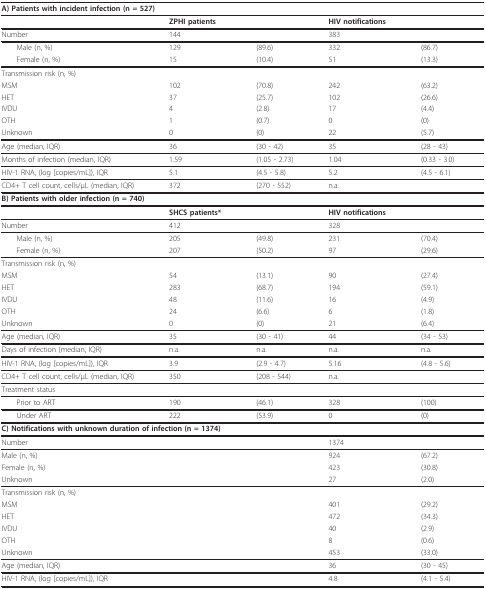
<table><thead><tr><td colspan="5"><b>A) Patients with incident infection (n = 527)</b></td></tr></thead><tbody><tr><td></td><td><b>ZPHI patients</b></td><td></td><td><b>HIV notifications</b></td><td></td></tr><tr><td>Number</td><td>144</td><td></td><td>383</td><td></td></tr><tr><td> Male (n, %)</td><td>129</td><td>(89.6)</td><td>332</td><td>(86.7)</td></tr><tr><td> Female (n, %)</td><td>15</td><td>(10.4)</td><td>51</td><td>(13.3)</td></tr><tr><td>Transmission risk (n, %)</td><td></td><td></td><td></td><td></td></tr><tr><td>MSM</td><td>102</td><td>(70.8)</td><td>242</td><td>(63.2)</td></tr><tr><td>HET</td><td>37</td><td>(25.7)</td><td>102</td><td>(26.6)</td></tr><tr><td>IVDU</td><td>4</td><td>(2.8)</td><td>17</td><td>(4.4)</td></tr><tr><td>OTH</td><td>1</td><td>(0.7)</td><td>0</td><td>(0)</td></tr><tr><td>Unknown</td><td>0</td><td>(0)</td><td>22</td><td>(5.7)</td></tr><tr><td>Age (median, IQR)</td><td>36</td><td>(30 - 42)</td><td>35</td><td>(28 - 43)</td></tr><tr><td>Months of infection (median, IQR)</td><td>1.59</td><td>(1.05 - 2.73)</td><td>1.04</td><td>(0.33 - 3.0)</td></tr><tr><td>HIV-1 RNA, (log [copies/mL]), IQR</td><td>5.1</td><td>(4.5 - 5.8)</td><td>5.2</td><td>(4.5 - 6.1)</td></tr><tr><td>CD4+ T cell count, cells/μL (median, IQR)</td><td>372</td><td>(270 - 552)</td><td>n.a.</td><td></td></tr><tr><td colspan="5"><b>B) Patients with older infection (n = 740)</b></td></tr><tr><td></td><td><b>SHCS patients*</b></td><td></td><td><b>HIV notifications</b></td><td></td></tr><tr><td>Number</td><td>412</td><td></td><td>328</td><td></td></tr><tr><td> Male (n, %)</td><td>205</td><td>(49.8)</td><td>231</td><td>(70.4)</td></tr><tr><td> Female (n, %)</td><td>207</td><td>(50.2)</td><td>97</td><td>(29.6)</td></tr><tr><td>Transmission risk (n, %)</td><td></td><td></td><td></td><td></td></tr><tr><td>MSM</td><td>54</td><td>(13.1)</td><td>90</td><td>(27.4)</td></tr><tr><td>HET</td><td>283</td><td>(68.7)</td><td>194</td><td>(59.1)</td></tr><tr><td>IVDU</td><td>48</td><td>(11.6)</td><td>16</td><td>(4.9)</td></tr><tr><td>OTH</td><td>24</td><td>(6.6)</td><td>6</td><td>(1.8)</td></tr><tr><td>Unknown</td><td>0</td><td>(0)</td><td>21</td><td>(6.4)</td></tr><tr><td>Age (median, IQR)</td><td>35</td><td>(30 - 41)</td><td>44</td><td>(34 - 53)</td></tr><tr><td>Days of infection (median, IQR)</td><td>n.a.</td><td>n.a.</td><td>n.a.</td><td>n.a.</td></tr><tr><td>HIV-1 RNA, (log [copies/mL]), IQR</td><td>3.9</td><td>(2.9 - 4.7)</td><td>5.16</td><td>(4.8 - 5.6)</td></tr><tr><td>CD4+ T cell count, cells/μL (median, IQR)</td><td>350</td><td>(208 - 544)</td><td>n.a.</td><td></td></tr><tr><td>Treatment status</td><td></td><td></td><td></td><td></td></tr><tr><td> Prior to ART</td><td>190</td><td>(46.1)</td><td>328</td><td>(100)</td></tr><tr><td> Under ART</td><td>222</td><td>(53.9)</td><td>0</td><td>(0)</td></tr><tr><td colspan="5"><b>C) Notifications with unknown duration of infection (n = 1374)</b></td></tr><tr><td>Number</td><td></td><td></td><td>1374</td><td></td></tr><tr><td>Male (n, %)</td><td></td><td></td><td>924</td><td>(67.2)</td></tr><tr><td>Female (n, %)</td><td></td><td></td><td>423</td><td>(30.8)</td></tr><tr><td>Unknown</td><td></td><td></td><td>27</td><td>(2.0)</td></tr><tr><td>Transmission risk (n, %)</td><td></td><td></td><td></td><td></td></tr><tr><td>MSM</td><td></td><td></td><td>401</td><td>(29.2)</td></tr><tr><td>HET</td><td></td><td></td><td>472</td><td>(34.3)</td></tr><tr><td>IVDU</td><td></td><td></td><td>40</td><td>(2.9)</td></tr><tr><td>OTH</td><td></td><td></td><td>8</td><td>(0.6)</td></tr><tr><td>Unknown</td><td></td><td></td><td>453</td><td>(33.0)</td></tr><tr><td>Age (median, IQR)</td><td></td><td></td><td>36</td><td>(30 - 45)</td></tr><tr><td>HIV-1 RNA, (log [copies/mL]), IQR</td><td></td><td></td><td>4.8</td><td>(4.1 - 5.4)</td></tr></tbody></table>